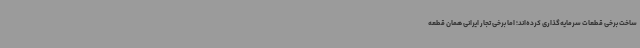
ساخت برخی قطعات سرمایه‌گذاری کرده‌اند؛ اما برخی تجار ایرانی همان قطعه